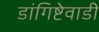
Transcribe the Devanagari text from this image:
डांगिष्टेवाडी